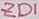
Text: ZD1